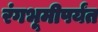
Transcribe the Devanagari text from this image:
रंगभूमीपर्यंत